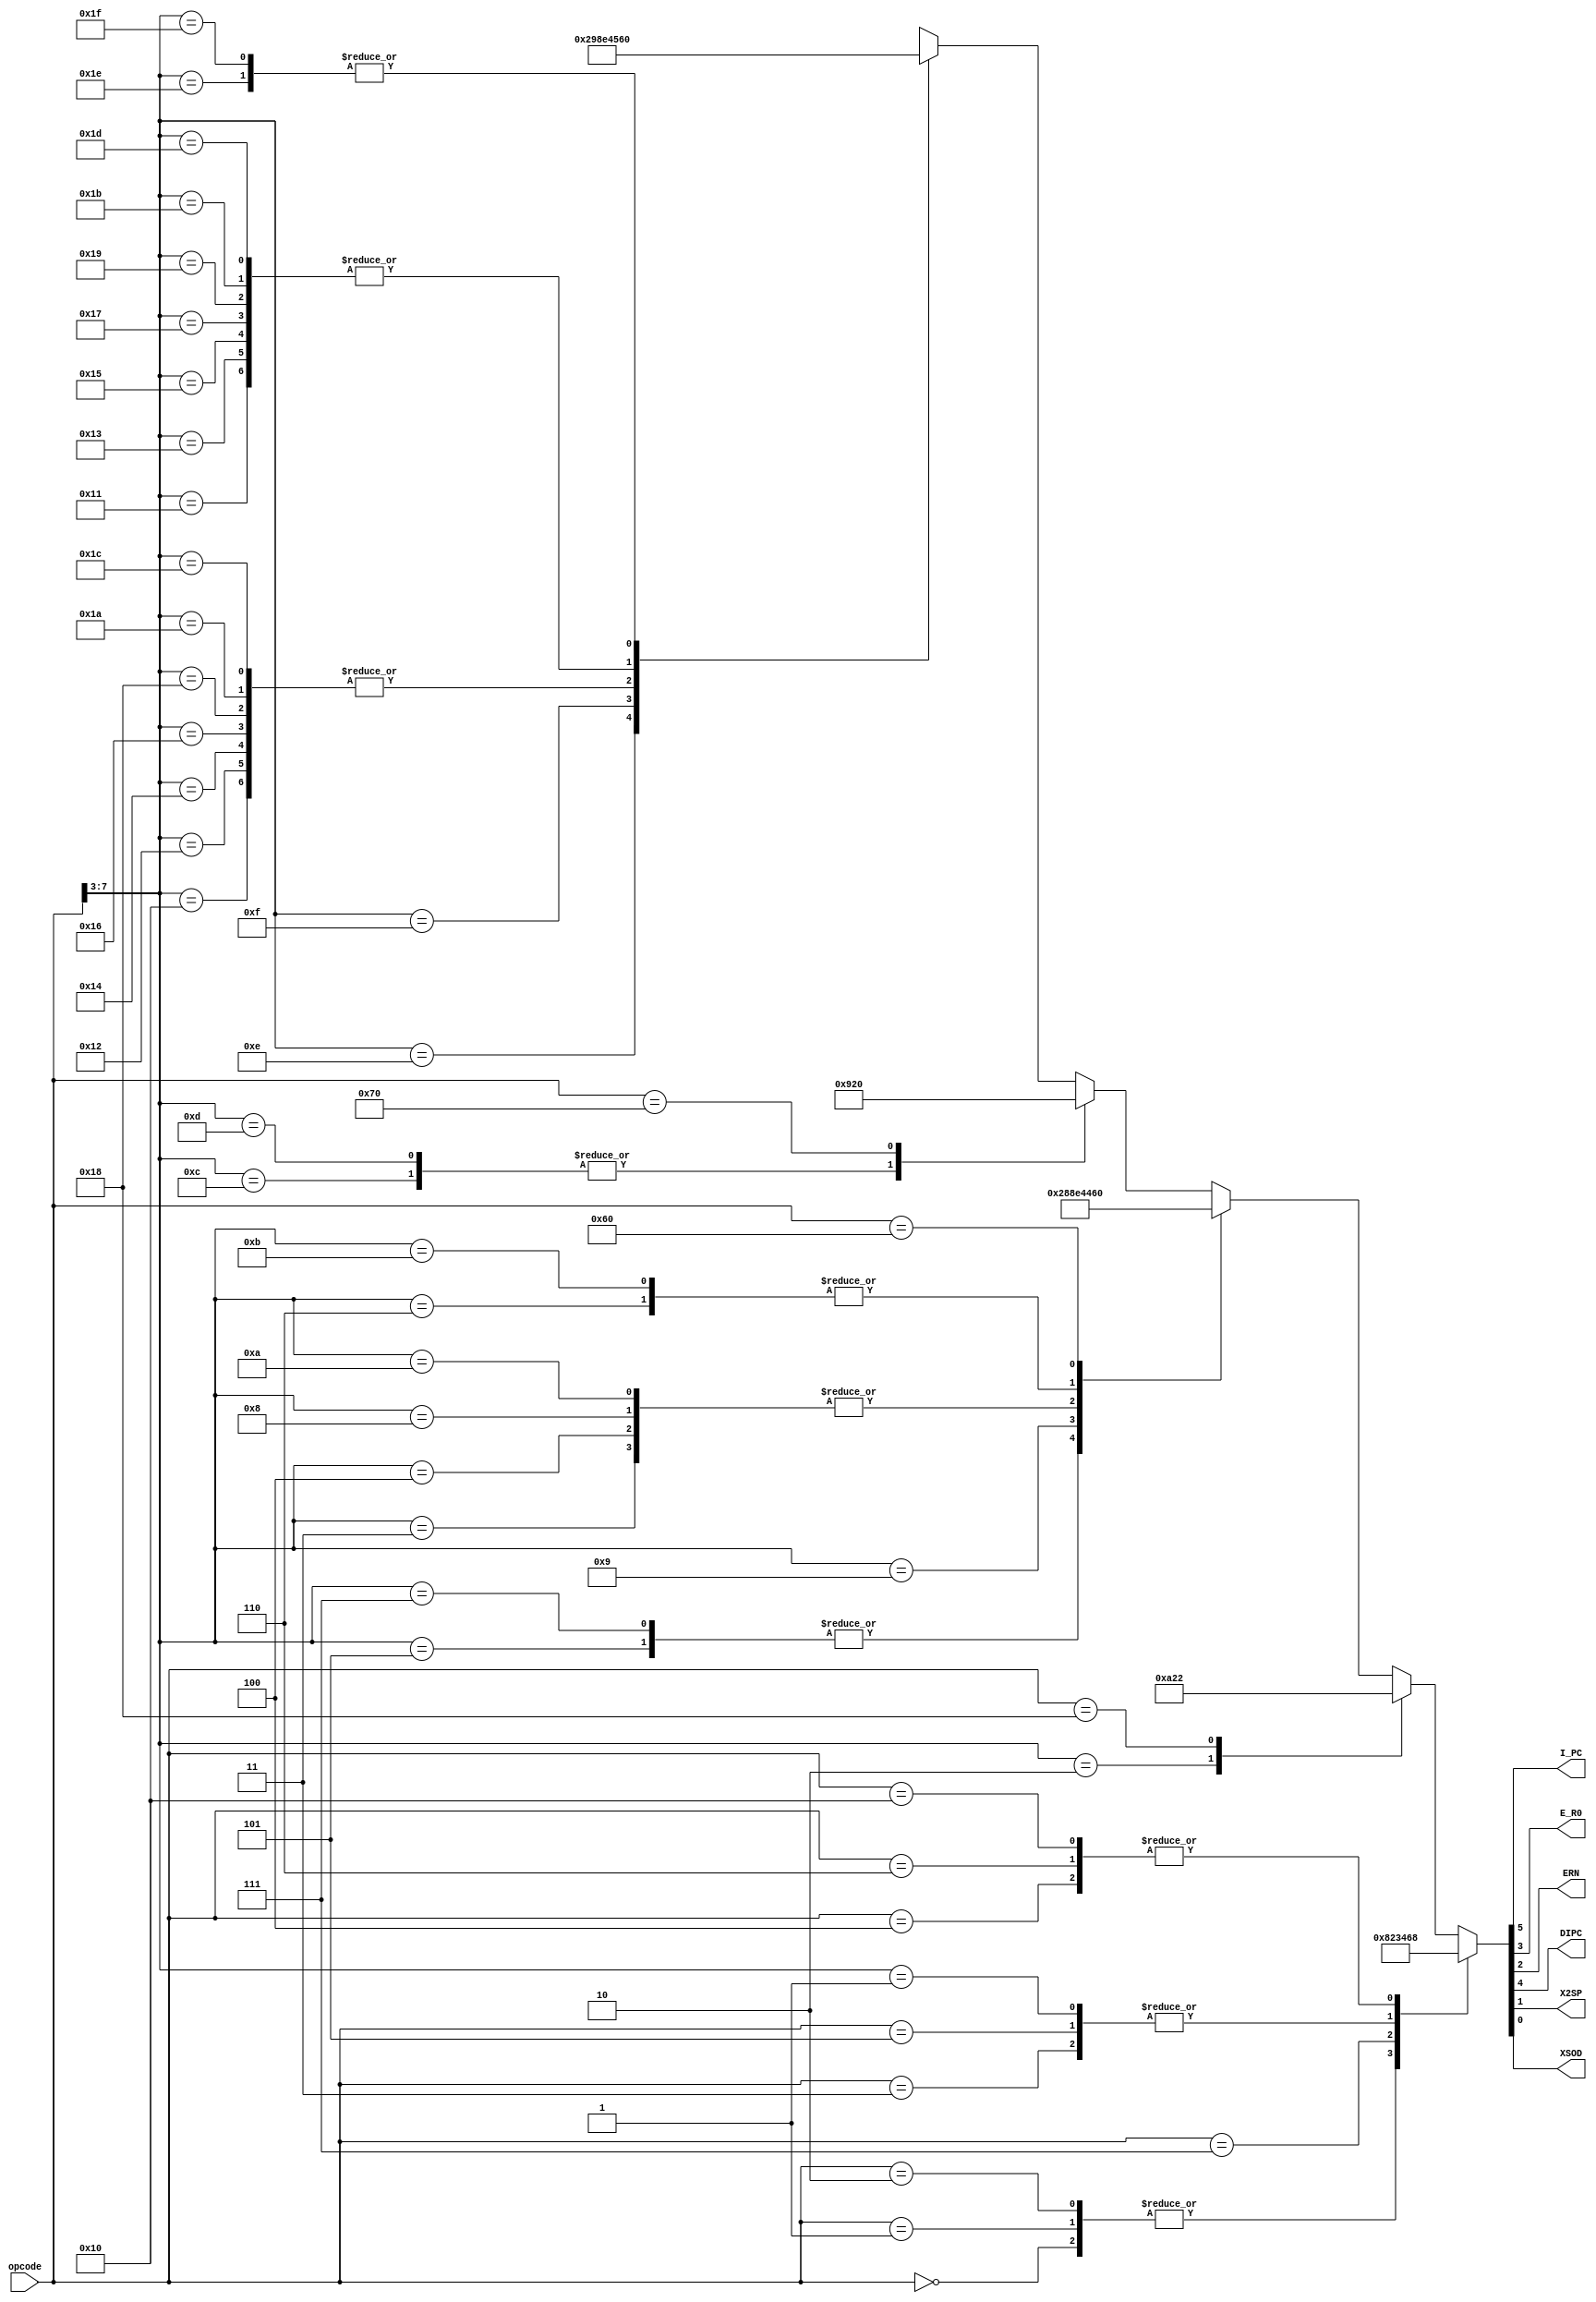
module ControlCodeGenerator1Async(

    input   [7:0]   opcode, // opcode  
    output          I_PC,   // Increment PC
    output          E_R0,   // Enable R0 :: Used To Detect Bubble Conditions :: isolated to CCG1 :: Decode Once Pass on
    output          ERN,    // Enable RN :: Used To Detect Bubble Conditions :: isolated to CCG1 :: Decode Once Pass on
    output          DIPC,   // Double Increment PC
    //output          ESP,  // DELETE - UNUSED // Enable SP :: Used To Detect Bubble Conditions :: isolated to CCG1 
    output          X2SP,   // The Ghost of ESP :: ref CCG2 :: Decode Once Pass on
    output          XSOD    // The Ghost of SOD :: ref CCG2 :: Decode Once Pass on
    );
    reg [5:0]   controlBits; // ESP Removed 6-5
    
    initial
        controlBits = 0;
    
    // assign {I_PC,DIPC,E_R0,ERN,/*ESP,*/X2SP,XSOD} = controlBits ;
    assign {I_PC,DIPC,E_R0,ERN,X2SP,XSOD} = controlBits ;

    always@(opcode) begin
        casex (opcode)
            8'b0000_0000 : controlBits = 6'b100000;   // 0-ESP NOP
            8'b0000_0001 : controlBits = 6'b100000;   // 0-ESP CLR
            8'b0000_0010 : controlBits = 6'b100000;   // 0-ESP CLC
            8'b0000_0011 : controlBits = 6'b010001;   // 0-ESP JUD <od>
            8'b0000_0100 : controlBits = 6'b101000;   // 0-ESP JUA
            8'b0000_0101 : controlBits = 6'b010001;   // 0-ESP CUD <od>
            8'b0000_0110 : controlBits = 6'b101000;   // 0-ESP CUA
            8'b0000_0111 : controlBits = 6'b100011;   // 1-ESP RTU
            8'b0000_1xxx : controlBits = 6'b010001;   // 0-ESP JCD <fl><od>
            8'b0001_0000 : controlBits = 6'b101000;   // 0-ESP LSP
            8'b0001_0xxx : controlBits = 6'b101000;   // 0-ESP MVD <rn>*
            8'b0001_1000 : controlBits = 6'b100010;   // 1-ESP RSP
            8'b0001_1xxx : controlBits = 6'b100100;   // 0-ESP MVS <rn>*
            8'b0010_0xxx : controlBits = 6'b100100;   // 0-ESP NOT <rn>
            8'b0010_1xxx : controlBits = 6'b101000;   // 0-ESP JCA <fl>
            8'b0011_0xxx : controlBits = 6'b010001;   // 0-ESP CCD <fl><od>
            8'b0011_1xxx : controlBits = 6'b101000;   // 0-ESP CCA <fl>
            8'b0100_0xxx : controlBits = 6'b100100;   // 0-ESP INC <rn>
            8'b0100_1xxx : controlBits = 6'b100011;   // 1-ESP RTC <fl>
            8'b0101_0xxx : controlBits = 6'b100100;   // 0-ESP DCR <rn>
            8'b0101_1xxx : controlBits = 6'b010001;   // 0-ESP MVI <rn><od>
            8'b0110_0000 : controlBits = 6'b100000;   // 0-ESP RLA
            8'b0110_0xxx : controlBits = 6'b100100;   // 0-ESP STA <rn>*
            8'b0110_1xxx : controlBits = 6'b100100;   // 0-ESP PSH <rn>
            8'b0111_0000 : controlBits = 6'b100000;   // 0-ESP RRA
            8'b0111_0xxx : controlBits = 6'b101001;   // 0-ESP LDA <rn>*
            8'b0111_1xxx : controlBits = 6'b100011;   // 1-ESP POP <rn>
            8'b1000_0xxx : controlBits = 6'b100100;   // 0-ESP ADA <rn>
            8'b1000_1xxx : controlBits = 6'b010101;   // 0-ESP ADI <rn><od>
            8'b1001_0xxx : controlBits = 6'b100100;   // 0-ESP SBA <rn>
            8'b1001_1xxx : controlBits = 6'b010101;   // 0-ESP SBI <rn><od>
            8'b1010_0xxx : controlBits = 6'b100100;   // 0-ESP ACA <rn>
            8'b1010_1xxx : controlBits = 6'b010101;   // 0-ESP ACI <rn><od>
            8'b1011_0xxx : controlBits = 6'b100100;   // 0-ESP SCA <rn>
            8'b1011_1xxx : controlBits = 6'b010101;   // 0-ESP SCI <rn><od>
            8'b1100_0xxx : controlBits = 6'b100100;   // 0-ESP ANA <rn>
            8'b1100_1xxx : controlBits = 6'b010101;   // 0-ESP ANI <rn><od>
            8'b1101_0xxx : controlBits = 6'b100100;   // 0-ESP ORA <rn>
            8'b1101_1xxx : controlBits = 6'b010101;   // 0-ESP ORI <rn><od>
            8'b1110_0xxx : controlBits = 6'b100100;   // 0-ESP XRA <rn>
            8'b1110_1xxx : controlBits = 6'b010101;   // 0-ESP XRI <rn><od>
            8'b1111_0xxx : controlBits = 6'b100000;   // 0-ESP INA <pn>
            8'b1111_1xxx : controlBits = 6'b100000;   // 0-ESP OUT <pn>
        endcase
    end
endmodule